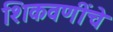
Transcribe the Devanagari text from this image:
शिकवणींचे